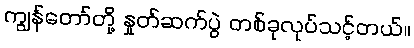
ကျွန်တော်တို့ နှုတ်ဆက်ပွဲ တစ်ခုလုပ်သင့်တယ်။